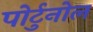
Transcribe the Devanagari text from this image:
पोर्टुनोल